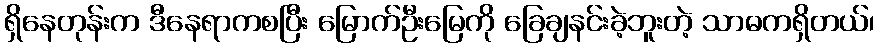
ရှိနေတုန်းက ဒီနေရာကစပြီး မြောက်ဦးမြေကို ခြေချနင်းခဲ့ဘူးတဲ့ သာဓကရှိတယ်၊